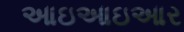
આઇઆઇઆર